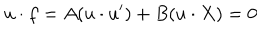
u \cdot f = A ( u \cdot u ^ { \prime } ) + B ( u \cdot X ) = 0